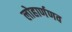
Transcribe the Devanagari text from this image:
लोहार्णणव